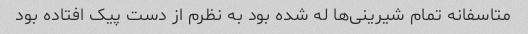
متاسفانه تمام شیرینی‌ها له شده بود به نظرم از دست پیک افتاده بود